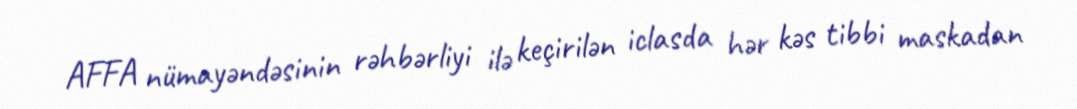
AFFA nümayəndəsinin rəhbərliyi ilə keçirilən iclasda hər kəs tibbi maskadan